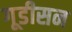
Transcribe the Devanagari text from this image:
गूडीसन